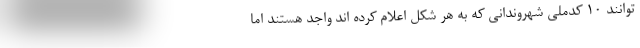
توانند ۱۰ کدملی شهروندانی که به هر شکل اعلام کرده اند واجد هستند اما